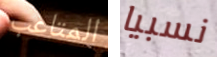
المتاعب نسبيا